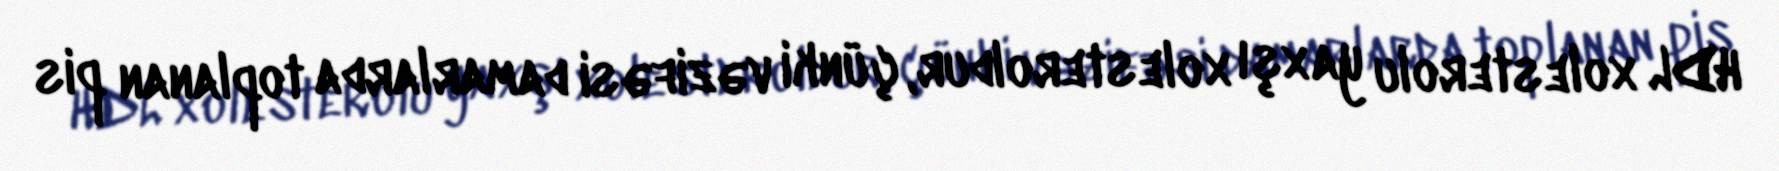
HDL xolesterolu yaxşı xolesteroldur, çünki vəzifəsi damarlarda toplanan pis